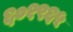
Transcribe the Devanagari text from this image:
६०१९६५